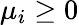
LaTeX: \mu_{i}\geq 0